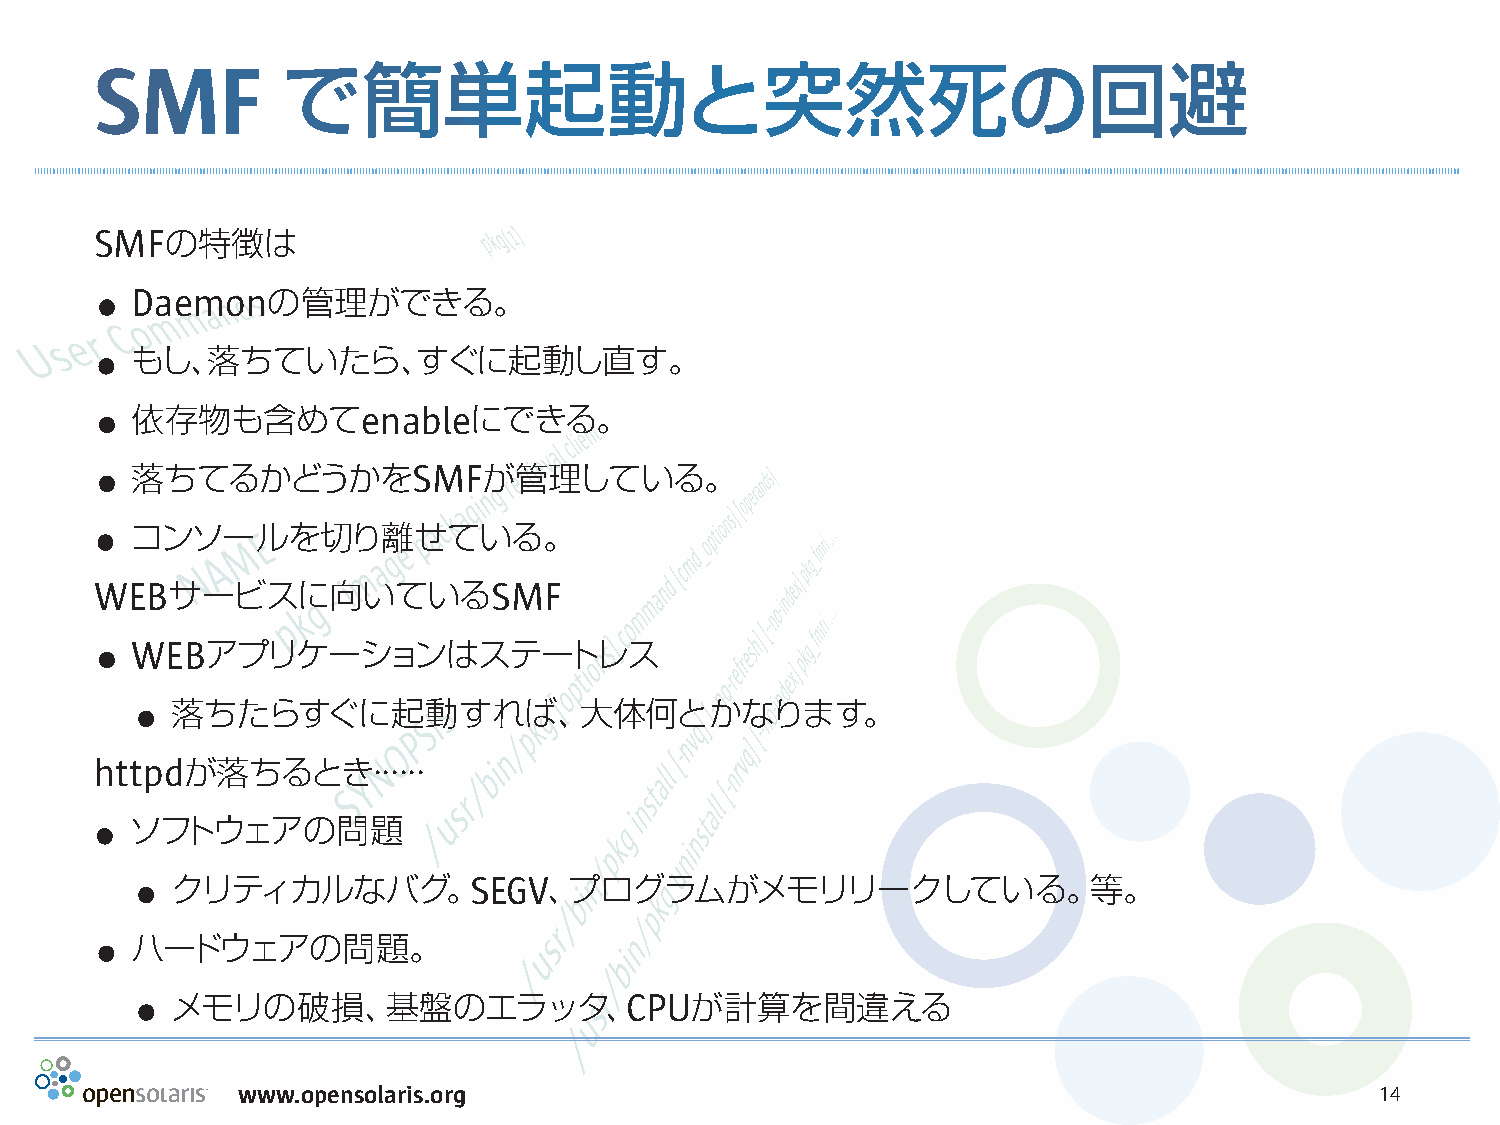
SMF          で簡単起動と突然死の回避
 SM  Fの特徴は
 .
 Daemonの管理ができる。
 .
 もし、落ちていたら、すぐに起動し直す。
 .
 依存物も含めてenableにできる。
 .
 落ちてるかどうかをSMFが管理している。
 .
 コンソールを切り離せている。
 W EBサービスに向いているSMF
 .
 W EBアプリケーションはステートレス
 .
 落ちたらすぐに起動すれば、大体何とかなります。
 ht tpdが落ちるとき・・・・・・
 .
 ソフトウェアの問題
 .
 クリティカルなバグ。SEGV、プログラムがメモリリークしている。等。
 .
 ハードウェアの問題。
 .
 メモリの破損、基盤のエラッタ、CPUが計算を間違える
 www.opensolaris.org                                                        14